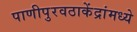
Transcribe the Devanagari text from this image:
पाणीपुरवठाकेंद्रांमध्ये